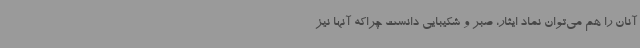
آنان را هم می‌توان نماد ایثار، صبر و شکیبایی دانست چراکه آنها نیز